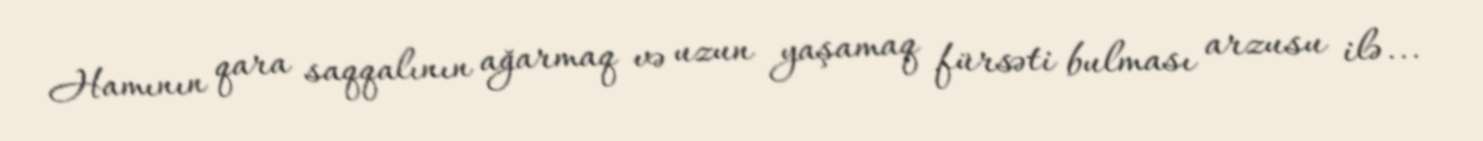
Hamının qara saqqalının ağarmaq və uzun yaşamaq fürsəti bulması arzusu ilə...